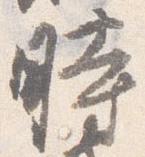
時